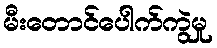
မီးတောင်ပေါက်ကွဲမှု